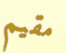
مقيم